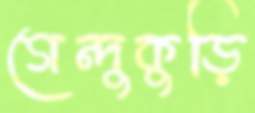
গেন্দুকুড়ি